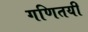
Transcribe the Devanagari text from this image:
गणितयी